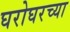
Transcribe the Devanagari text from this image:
घरोघरच्या